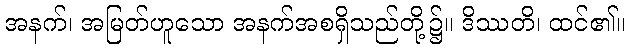
အနက်၊ အမြတ်ဟူသော အနက်အစရှိသည်တို့၌။ ဒိဿတိ၊ ထင်၏။